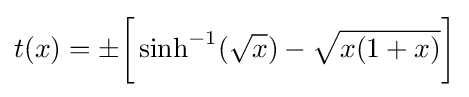
t(x)=\pm {\biggr [}\sinh ^{-1}({\sqrt {x}})-{\sqrt {x(1+x)}}{\biggr ]}